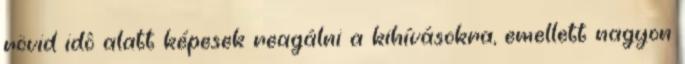
rövid idô alatt képesek reagálni a kihívásokra, emellett nagyon